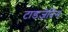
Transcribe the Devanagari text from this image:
टाडजेदिन